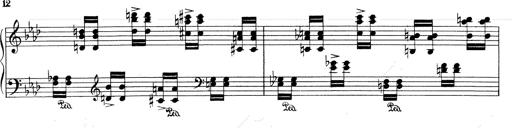
Title: Weinen, Klagen, Sorgen, Zagen
Composer: Franz Liszt